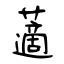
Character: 藡